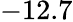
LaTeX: -12.7